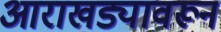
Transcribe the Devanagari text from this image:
आराखड्यावरून